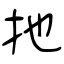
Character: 扡